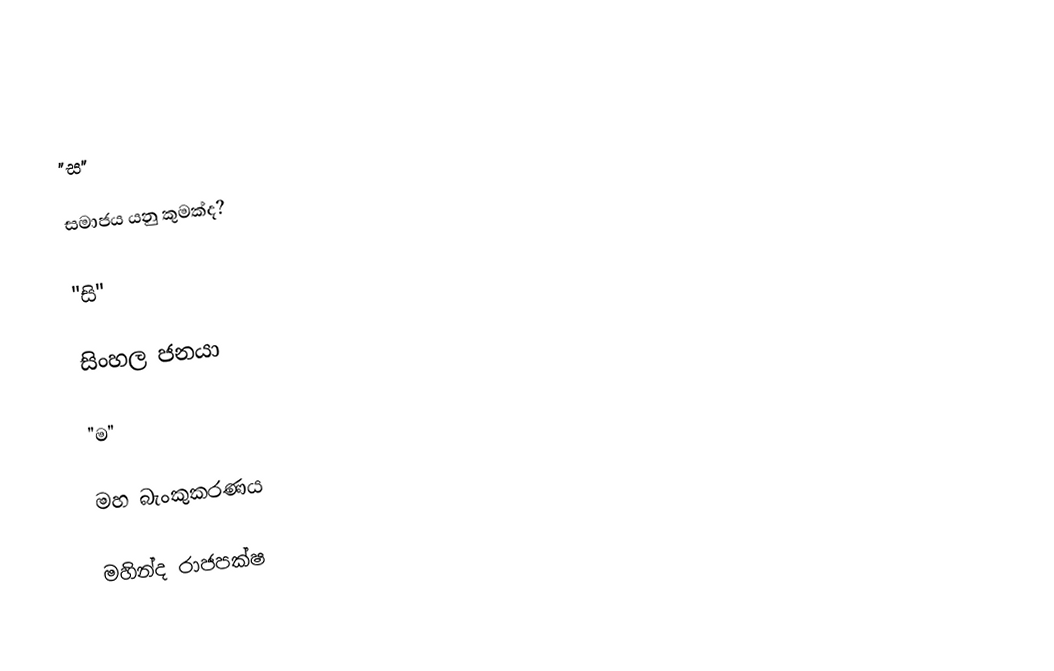
"ස‍"

සමාජය යනු කුමක්ද?

"සි"

සිංහල ජනයා

"ම"

මහ බැංකුකරණය

මහින්ද රාජපක්ෂ